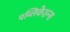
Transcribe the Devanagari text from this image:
पब्लिकेशन्‍स